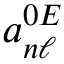
a _ { n \ell } ^ { 0 E }